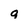
Character: 9